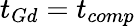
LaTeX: t_{Gd}=t_{comp}